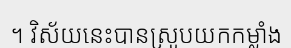
។ វិស័យនេះបានស្រូបយកកម្លាំង